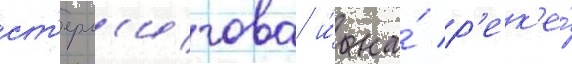
ст'ерл'игова и́ на́ р'ек'е́